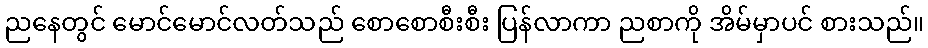
ညနေတွင် မောင်မောင်လတ်သည် စောစောစီးစီး ပြန်လာကာ ညစာကို အိမ်မှာပင် စားသည်။